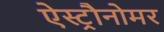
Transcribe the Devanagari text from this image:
ऐस्ट्रौनोमर